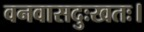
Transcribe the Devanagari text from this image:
वनवासदुःखतः।